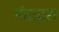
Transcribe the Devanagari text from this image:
मंदादरा